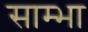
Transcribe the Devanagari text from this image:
साम्भा